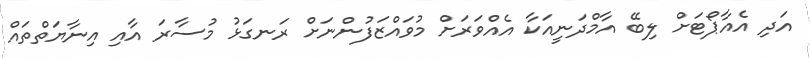
އަދި އެއާޕޯޓަށް ލިބޭ އާމްދަނީއަކާ އެއްވަރަށް މުވައްޒަފުންނަށް ރަނގަޅު މުސާރަ އާއި އިނާޔަތްތައް